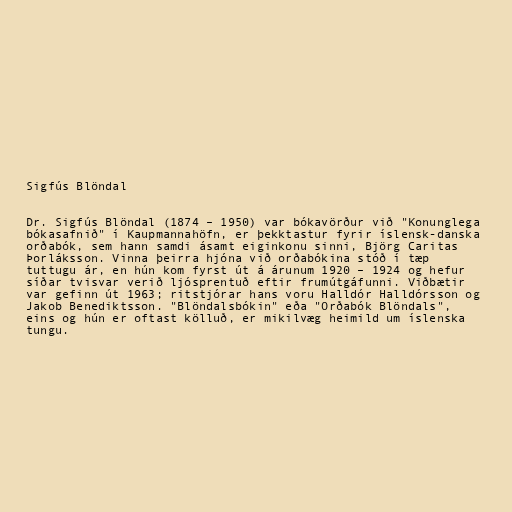
Sigfús Blöndal

Dr. Sigfús Blöndal (1874 – 1950) var bókavörður við "Konunglega
bókasafnið" í Kaupmannahöfn, er þekktastur fyrir íslensk-danska
orðabók, sem hann samdi ásamt eiginkonu sinni, Björg Caritas
Þorláksson. Vinna þeirra hjóna við orðabókina stóð í tæp
tuttugu ár, en hún kom fyrst út á árunum 1920 – 1924 og hefur
síðar tvisvar verið ljósprentuð eftir frumútgáfunni. Viðbætir
var gefinn út 1963; ritstjórar hans voru Halldór Halldórsson og
Jakob Benediktsson. "Blöndalsbókin" eða "Orðabók Blöndals",
eins og hún er oftast kölluð, er mikilvæg heimild um íslenska
tungu.